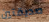
صديقتين